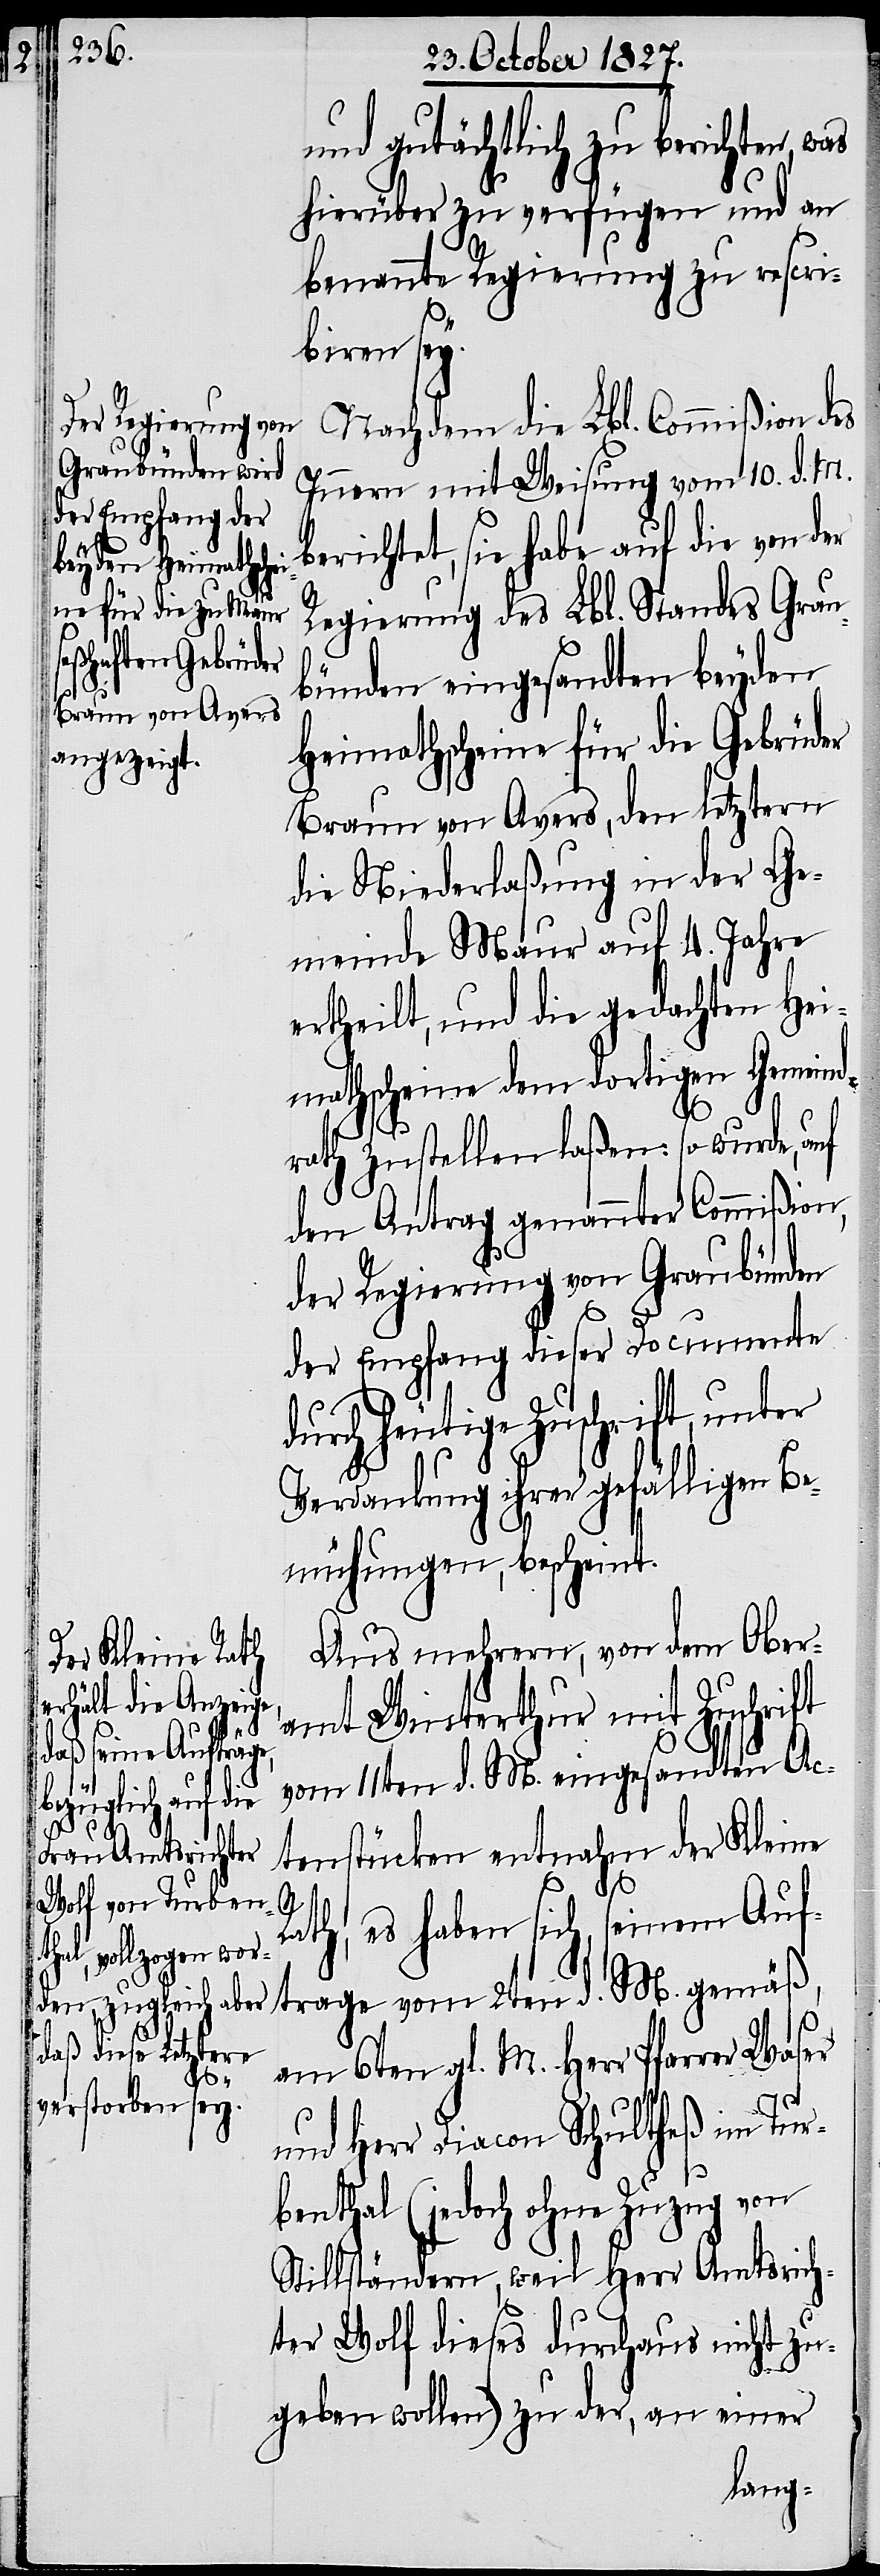
und gutächtlich zu berichten, w¬
hierüber zu verfügen und an
benannte Regierung zu rescri¬
biren sey.
Nachdem die Lbl. Commißion des
Innern mit Weisung vom 10. d. M.
berichtet, sie habe auf die von der
Regierung des Lbl. Standes Grau¬
bünden eingesandten beyden
Heimathscheine für die Gebrüder
Braun von Avers, den letztern
die Niederlaßung in der Ge¬
meinde Maur auf 4. Jahre
ertheilt, und die gedachten Hei¬
mathscheine dem dortigen Gemeind¬
rath zustellen laßen: so wurde, auf
den Antrag genannter Commißion,
der Regierung von Graubünden
der Empfang dieser Documente
durch heutige Zuschrift, unter
Verdankung ihrer gefälligen Be¬
mühungen, bescheint.
Aus mehrern, von dem Ober¬
amt Winterthur mit Zuschrift
vom 11ten d. M. eingesandten Ac¬
tenstücken entnahm der Kleine
as
M.
Rath, es haben sich seinem Auf¬
trage vom 2ten d.
am 6ten gl. M. Herr Pfarrer Waser
und Herr Diacon Schultheß im Tur¬
benthal (jedoch ohne Zuzug von
Stillständern, weil Herr Amtsrich¬
ter Wolf dieses durchaus nicht zu¬
geben wollen) zu der, an einer